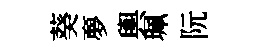
葵夣輿珮阮